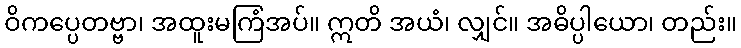
ဝိကပ္ပေတဗ္ဗာ၊ အထူးမကြံအပ်။ ဣတိ အယံ၊ လျှင်။ အဓိပ္ပါယော၊ တည်း။